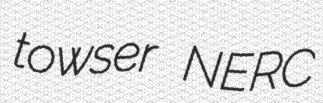
towser NERC